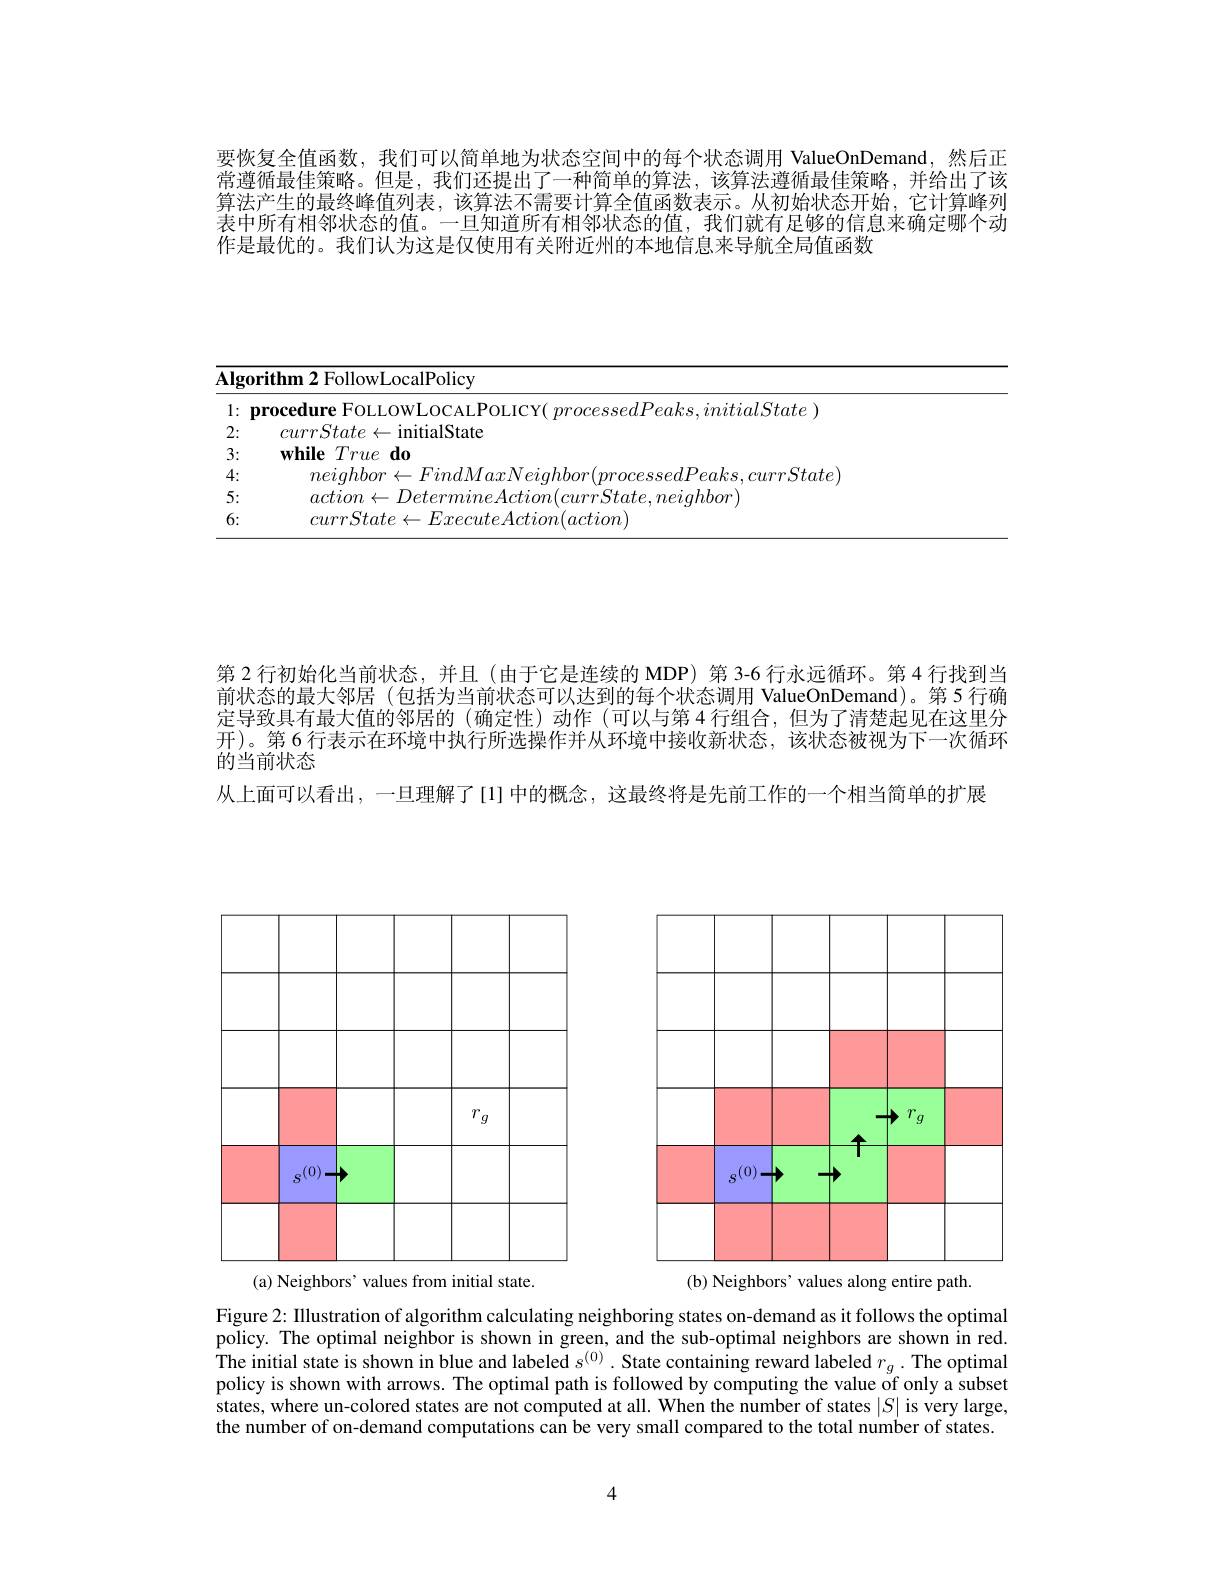
要恢复全值函数，我们可以简单地为状态空间中的每个状态调用 ValueOnDemand,然后正常遵循最佳策略。但是，我们还提出了一种简单的算法，该算法遵循最佳策略，并给出了该算法产生的最终峰值列表，该算法不需要计算全值函数表示。从初始状态开始，它计算峰列表中所有相邻状态的值。一旦知道所有相邻状态的值，我们就有足够的信息来确定哪个动作是最优的。我们认为这是仅使用有关附近州的本地信息来导航全局值函数

<table>
	<tbody>
		<tr>
			<td colspan="2">$\overline{\textbf{Algorithm 2 FollowLocalPolicy}}$</td>
		</tr>
		<tr>
			<td>1 · $\frac{1}{2}=\frac{1}{2}=\frac{1}{2}$</td>
			<td>nroce nitialState</td>
		</tr>
		<tr>
			<td>2:</td>
			<td>$currState\leftarrow$initialState</td>
		</tr>
		<tr>
			<td>3:</td>
			<td>$\textbf{while}True\textbf{do}$</td>
		</tr>
		<tr>
			<td>4: 1 1</td>
			<td>$ne^{\prime}n$ $-FindMaxNeiahbo$ $ssedPeaks.currState$</td>
		</tr>
		<tr>
			<td>5:</td>
			<td>$\textit{ctnon}\leftarrow 1\textit{lete}$ Actno $urrState.neiahbor$</td>
		</tr>
		<tr>
			<td>6:</td>
			<td>$\eta_{1}rr\boldsymbol{S}tat\boldsymbol{e}\leftarrow H$ $ExecuteAction(action$</td>
		</tr>
	</tbody>
</table>

第 2 行初始化当前状态，并且 (由于它是连续的 MDP) 第 3-6 行永远循环。第 4 行找到当前状态的最大邻居 (包括为当前状态可以达到的每个状态调用 ValueOnDemand)。第5行确定导致具有最大值的邻居的 (确定性)动作 (可以与第 4 行组合，但为了清楚起见在这里分开)。第 6 行表示在环境中执行所选操作并从环境中接收新状态，该状态被视为下一次循环的当前状态
从上面可以看出，一旦理解了[1] 中的概念，这最终将是先前工作的一个相当简单的扩展

<table>
	<tbody>
		<tr>
			<th> </th>
			<th> </th>
		</tr>
		<tr>
			<td> </td>
			<td> </td>
		</tr>
		<tr>
			<td> </td>
			<td> </td>
		</tr>
		<tr>
			<td>$r_{g}$</td>
			<td>$r_{g}$</td>
		</tr>
		<tr>
			<td> </td>
			<td> </td>
		</tr>
		<tr>
			<td> </td>
			<td> </td>
		</tr>
	</tbody>
</table>

<FigureHere>
(b) Neighbors' values along entire path.

(a) Neighbors' values from initial state.

Figure 2: Illustration of algorithm calculating neighboring states on-demand as it follows the optimal policy. The optimal neighbor is shown in green, and the sub-optimal neighbors are shown in red. The initial state is shown in blue and labeled $s^{(0)}$ .State containing reward labeled $r_g.$ The optimal policy is shown with arrows. The optimal path is followed by computing the value of only a subset states, where un-colored states are not computed at all. When the number of states $|S|$ is very large, the number of on-demand computations can be very small compared to the total number of states.

4